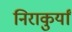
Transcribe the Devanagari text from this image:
निराकुर्यां